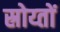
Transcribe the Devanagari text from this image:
स्रोय्तों